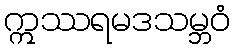
ဣဿရမဒသမ္ဘဝံ